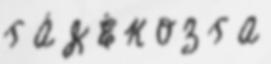
T Á J É K O Z T A